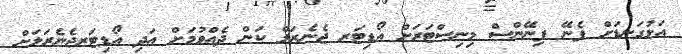
އަޅުގަނޑަށް ފެނޭ ފިނޭންސް މިނިސްޓަރަށް އޯޑިޓަރ ޖެނެރަލް ކަން ދެއްވުމަށް އަދި އޯޑިޓަރޖެނެރަލަށް